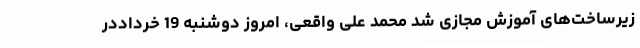
زیرساخت‌های آموزش مجازی شد محمد علی واقعی، امروز دوشنبه 19 خرداددر